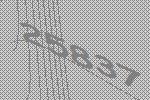
25837